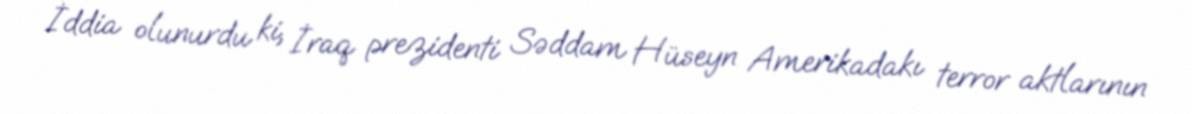
İddia olunurdu ki, İraq prezidenti Səddam Hüseyn Amerikadakı terror aktlarının